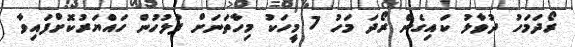
ރޯދަމަހު ދުވާލު ކައިގެން ރޯދަ މަހު 7 މީހަކު މިހާތަނަށް ފުލުހުން ހައްޔަރުކޮށްފައިވާ